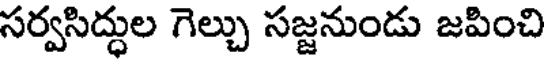
సర్వసిద్ధుల గెల్చు సజ్జనుండు జపించి